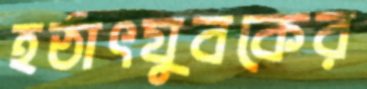
হঠাৎযুবকের